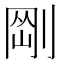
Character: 𠝴